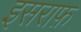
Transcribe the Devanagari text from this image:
इसराफ़